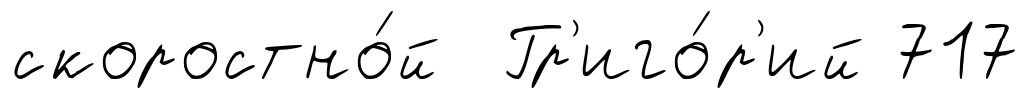
скоростно́й Гр'иго́р'ий 717